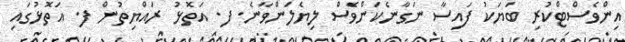
އިންވެސްޓްކުރި ބަޔަކު ފައިސާ ނަގާނެކަންވެސް ލިޔެލަންވާނެ. ފ. އަތޮޅު ރައްޔިތުން ފ. އަތޮޅުގައި